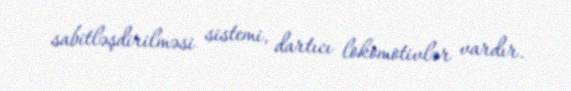
sabitləşdirilməsi sistemi, dartıcı lokomotivlər vardır.